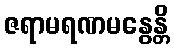
ဇရာမရဏမနွေန္တိ